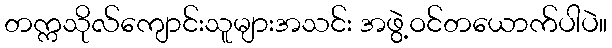
တက္ကသိုလ်ကျောင်းသူများအသင်း အဖွဲ့ဝင်တယောက်ပါပဲ။